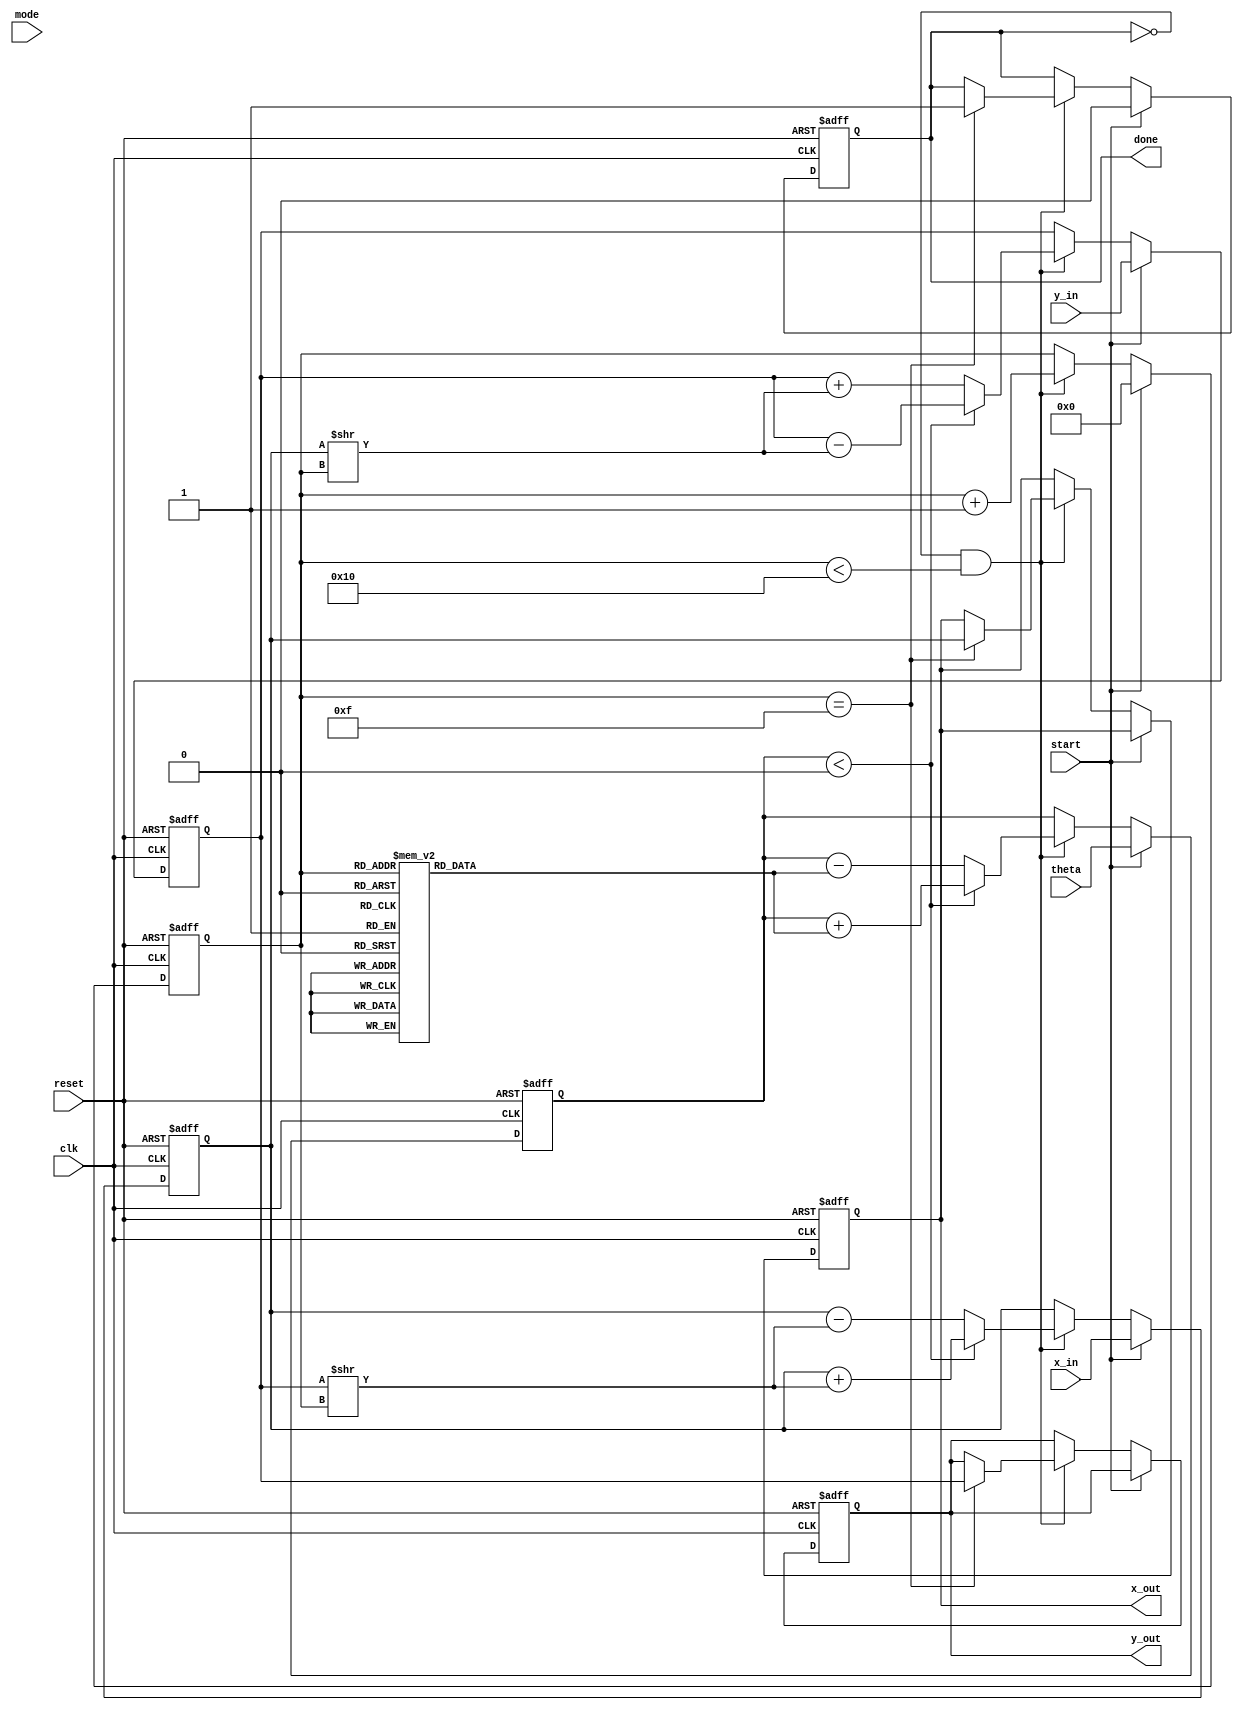
module cordic(
    input clk,                   // Clock signal
    input reset,                 // Reset signal
    input start,                 // Start signal for computation
    input [15:0] theta,          // Angle input in radians (fixed-point)
    input [15:0] x_in,           // X component of the input vector
    input [15:0] y_in,           // Y component of the input vector
    input mode,                  // Mode: 0 for rotation, 1 for vectoring
    output reg [15:0] x_out,     // X' output
    output reg [15:0] y_out,     // Y' output
    output reg done              // Done signal
);

    // Constants
    reg [15:0] angle_table [0:15]; // Lookup table for CORDIC angles
    reg [15:0] x, y, z;             // Internal registers for computation
    reg [3:0] iteration;            // Iteration counter
    reg [15:0] z_rot;               // Rotation angle

    initial begin
        // Initialize angle table (in fixed-point representation)
        angle_table[0] = 16'h0000; // atan(2^0)
        angle_table[1] = 16'h3C90; // atan(2^-1)
        angle_table[2] = 16'h3A3D; // atan(2^-2)
        angle_table[3] = 16'h3840; // atan(2^-3)
        angle_table[4] = 16'h1C74; // atan(2^-4)
        angle_table[5] = 16'h1B3B; // atan(2^-5)
        angle_table[6] = 16'h1A1C; // atan(2^-6)
        angle_table[7] = 16'h0F9D; // atan(2^-7)
        angle_table[8] = 16'h0F0A; // atan(2^-8)
        angle_table[9] = 16'h07E4; // atan(2^-9)
        angle_table[10] = 16'h03FC; // atan(2^-10)
        angle_table[11] = 16'h01FF; // atan(2^-11)
        angle_table[12] = 16'h00FF; // atan(2^-12)
        angle_table[13] = 16'h007F; // atan(2^-13)
        angle_table[14] = 16'h003F; // atan(2^-14)
        angle_table[15] = 16'h001F; // atan(2^-15)
    end

    always @(posedge clk or posedge reset) begin
        if (reset) begin
            x <= 0;
            y <= 0;
            z <= 0;
            iteration <= 0;
            done <= 0;
            x_out <= 0;
            y_out <= 0;
        end else if (start) begin
            // Load input values
            x <= x_in;
            y <= y_in;
            z <= theta; // Load the theta input
            iteration <= 0;
            done <= 0;
        end else if (!done && iteration < 16) begin
            // CORDIC iterations
            if (z < 0) begin
                // Perform rotation (subtraction)
                z <= z + angle_table[iteration];
                x <= x + (y >> iteration);
                y <= y - (x >> iteration);
            end else begin
                // Perform rotation (addition)
                z <= z - angle_table[iteration];
                x <= x - (y >> iteration);
                y <= y + (x >> iteration);
            end
            
            // Increment iteration counter
            iteration <= iteration + 1;

            // Check if done
            if (iteration == 15) begin
                done <= 1;
                x_out <= x;
                y_out <= y;
            end
        end
    end
    
endmodule